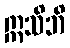
ဣသိဘိ